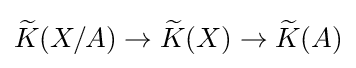
{\widetilde {K}}(X/A)\to {\widetilde {K}}(X)\to {\widetilde {K}}(A)